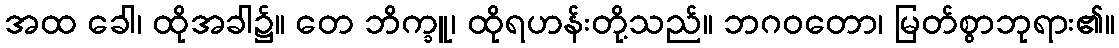
အထ ခေါ၊ ထိုအခါ၌။ တေ ဘိက္ခူ၊ ထိုရဟန်းတို့သည်။ ဘဂဝတော၊ မြတ်စွာဘုရား၏။